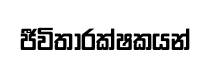
ජීවිතාරක්ෂකයන්